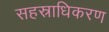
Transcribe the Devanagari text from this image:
सहस्राधिकरण